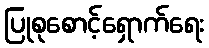
ပြုစုစောင့်ရှောက်ရေး